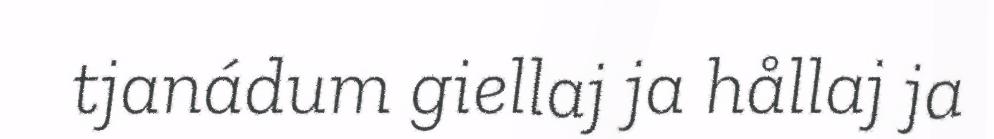
tjanádum giellaj ja hållaj ja